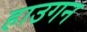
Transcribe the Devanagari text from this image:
हाउगन